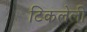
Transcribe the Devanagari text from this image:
टिकलेली